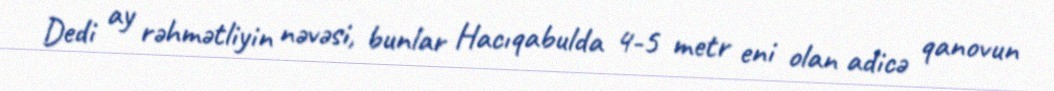
Dedi ay rəhmətliyin nəvəsi, bunlar Hacıqabulda 4-5 metr eni olan adicə qanovun